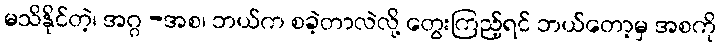
မသိနိုင်တဲ့၊ အဂ္ဂ -အစ၊ ဘယ်က စခဲ့တာလဲလို့ တွေးကြည့်ရင် ဘယ်တော့မှ အစကို